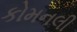
કોમનલી